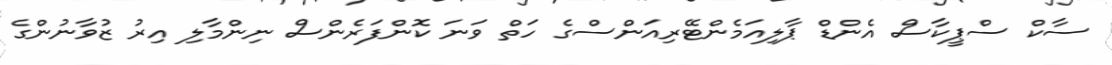
ސާކް ސްޕީކާސް އެންޑް ޕާލިއަމެންޓޭރިއަންސްގެ ހަތް ވަނަ ކޮންފަރެންސް ނިންމާލި އިރު ޒުވާނުންގެ